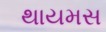
થાયમસ